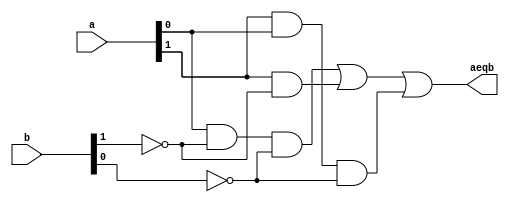
// Listing 1.4
module gt2
   (
    input  wire[1:0] a, b,
    output wire aeqb
   );

   // internal signal declaration
   wire e0, e1, e2, e3, e4, e5, e6, e7, e8;

   // body
   // instantiate two 1-bit comparators
   //eq1 eq_bit0_unit (.i0(a[0]), .i1(b[0]), .eq(e0));
   //eq1 eq_bit1_unit (.eq(e1), .i0(a[1]), .i1(b[1]));
	
	assign e0 = a[0] & ~b[1] & ~b[0];
	assign e1 = a[1] & ~b[1];
	assign e2 = a[1] & a[0] & ~b[0];
	assign e3 = e0 | e1 | e2;
	
		
   // a and b are equal if individual bits are equal
   assign aeqb = e3;
   
   

endmodule